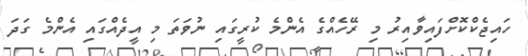
ހައިޖެކްކޮށްފައިވާއިރު މި ރޭހެއްގެ އެންމެ ކުރީގައި ނުވަތަ މި އީދެއްގައި އެންމެ ގަދަ